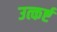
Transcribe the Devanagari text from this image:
उत्कर्ष्ट